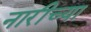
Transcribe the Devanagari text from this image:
नारीच्या